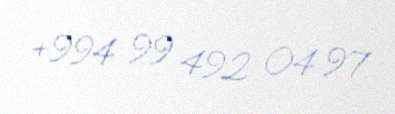
+994 99 492 04 97